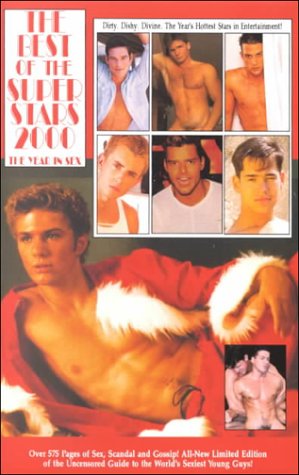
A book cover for Best of the Superstars : 2000 : The Year in Sex; John Patrick; Humor & Entertainment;